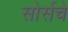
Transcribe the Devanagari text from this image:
सोर्सचे